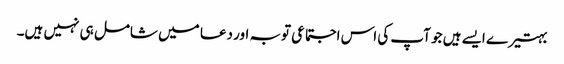
بہتیرے ایسے ہیں جو آپ کی اس اجتماعی توبہ اور دعا میں شامل ہی نہیں ہیں۔